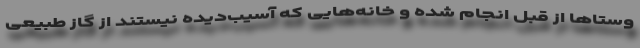
وستاها از قبل انجام شده و خانه‌هایی که آسیب‌دیده نیستند از گاز طبیعی